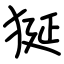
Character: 狿